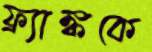
ফ্র্যাঙ্ককে